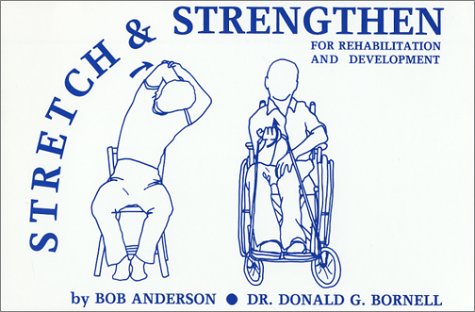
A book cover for Stretch and Strengthen for Rehabilitation and Development; Bob Anderson; Health, Fitness & Dieting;